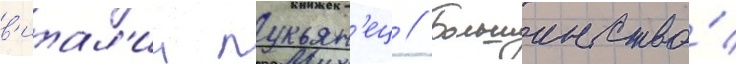
в'итал'ии лукьян'ец // Большинство́